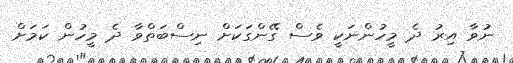
ނުވާ އިރު ދެ މީހުންނަކީ ވެސް ގޭންގަކަށް ނިސްބަތްވާ ދެ މީހުން ކަމަށް